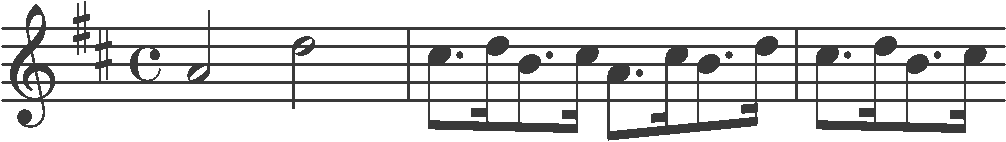
Transcription: clef-G2 keySignature-DM timeSignature-C note-A4_half note-D5_half barline note-C#5_eighth. note-D5_sixteenth note-B4_eighth. note-C#5_sixteenth note-A4_eighth. note-C#5_sixteenth note-B4_eighth. note-D5_sixteenth barline note-C#5_eighth. note-D5_sixteenth note-B4_eighth. note-C#5_sixteenth